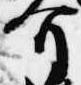
介